Madras plague regulations and rules - Volume 2
Disease focus: Plague
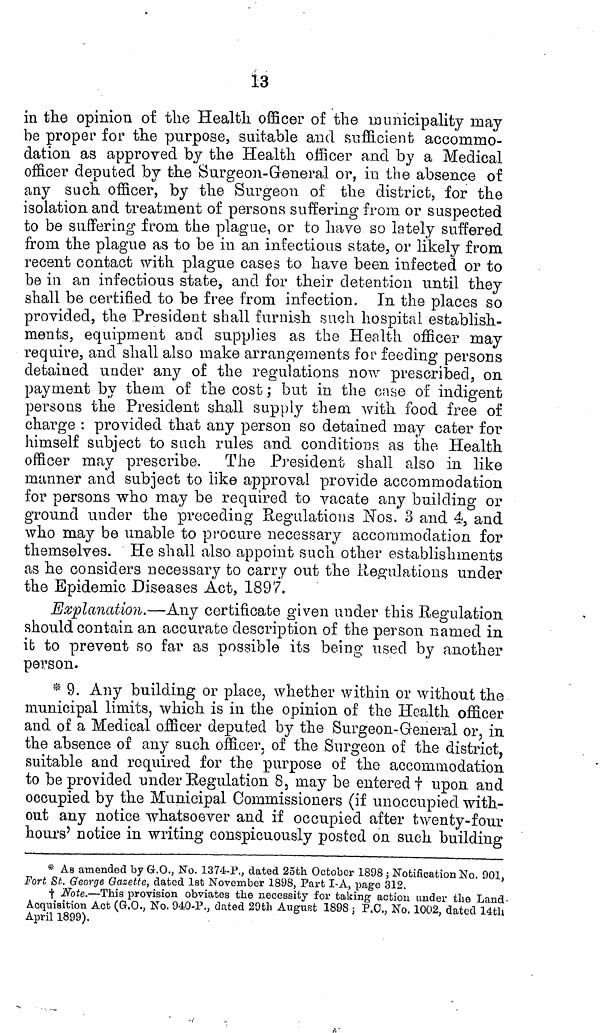
13
in the opinion of the Health officer of the municipality may
be proper for the purpose, suitable and sufficient accommo-
dation as approved by the Health officer and by a Medical
officer deputed by the Surgeon-General or, in the absence of
any such officer, by the Surgeon of the district, for the
isolation and treatment of persons suffering from or suspected
to be suffering from the plague, or to have so lately suffered
from the plague as to be in an infectious state, or likely from
recent contact with plague cases to have been infected or to
be in an infectious state, and for their detention until they
shall be certified to be free from infection. In the places so
provided, the President shall furnish such hospital establish-
ments, equipment and supplies as the Health officer may
require, and shall also make arrangements for feeding persons
detained under any of the regulations now prescribed, on
payment by them of the cost; but in the case of indigent
persons the President shall supply them with food free of
charge : provided that any person so detained may cater for
himself subject to such rules and conditions as the Health
officer may prescribe. The President shall also in like
manner and subject to like approval provide accommodation
for persons who may be required to vacate any building or
ground under the preceding Regulations Nos. 3 and 4, and
who may be unable to procure necessary accommodation for
themselves. He shall also appoint such other establishments
as he considers necessary to carry out the Regulations under
the Epidemic Diseases Act, 1897.
Explanation.—Any certificate given under this Regulation
should contain an accurate description of the person named in
it to prevent so far as possible its being used by another
person.
* 9. Any building or place, whether within or without the
municipal limits, which is in the opinion of the Health officer
and of a Medical officer deputed by the Surgeon-General or, in
the absence of any such officer, of the Surgeon of the district,
suitable and required for the purpose of the accommodation
to be provided under Regulation 8, may be entered † upon and
occupied by the Municipal Commissioners (if unoccupied with-
out any notice whatsoever and if occupied after twenty-four
hours' notice in writing conspicuously posted on such building
* As amended by G.O., No. 1374-P., dated 25th October 1898 ; Notification No. 901,
Fort St. George Gazette, dated 1st November 1898, Part I-A, page 312.
† Note.—This provision obviates the necessity for taking action under the Land
Acquisition Act (G.O., No. 940-P., dated 29th August 1898 5 P.O., No. 1002, dated 14th
April 1899).